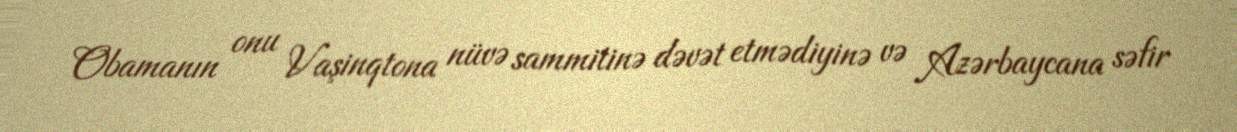
Obamanın onu Vaşinqtona nüvə sammitinə dəvət etmədiyinə və Azərbaycana səfir